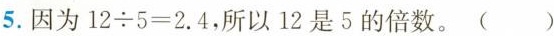
5.因为 $$1 2 \div 5 = 2 . 4$$，所以12是5的倍数。()